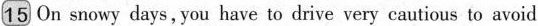
15 On snowy days , you have to drive very cautious to avoid